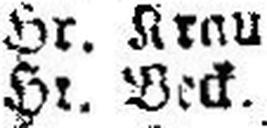
Hr. Peck.